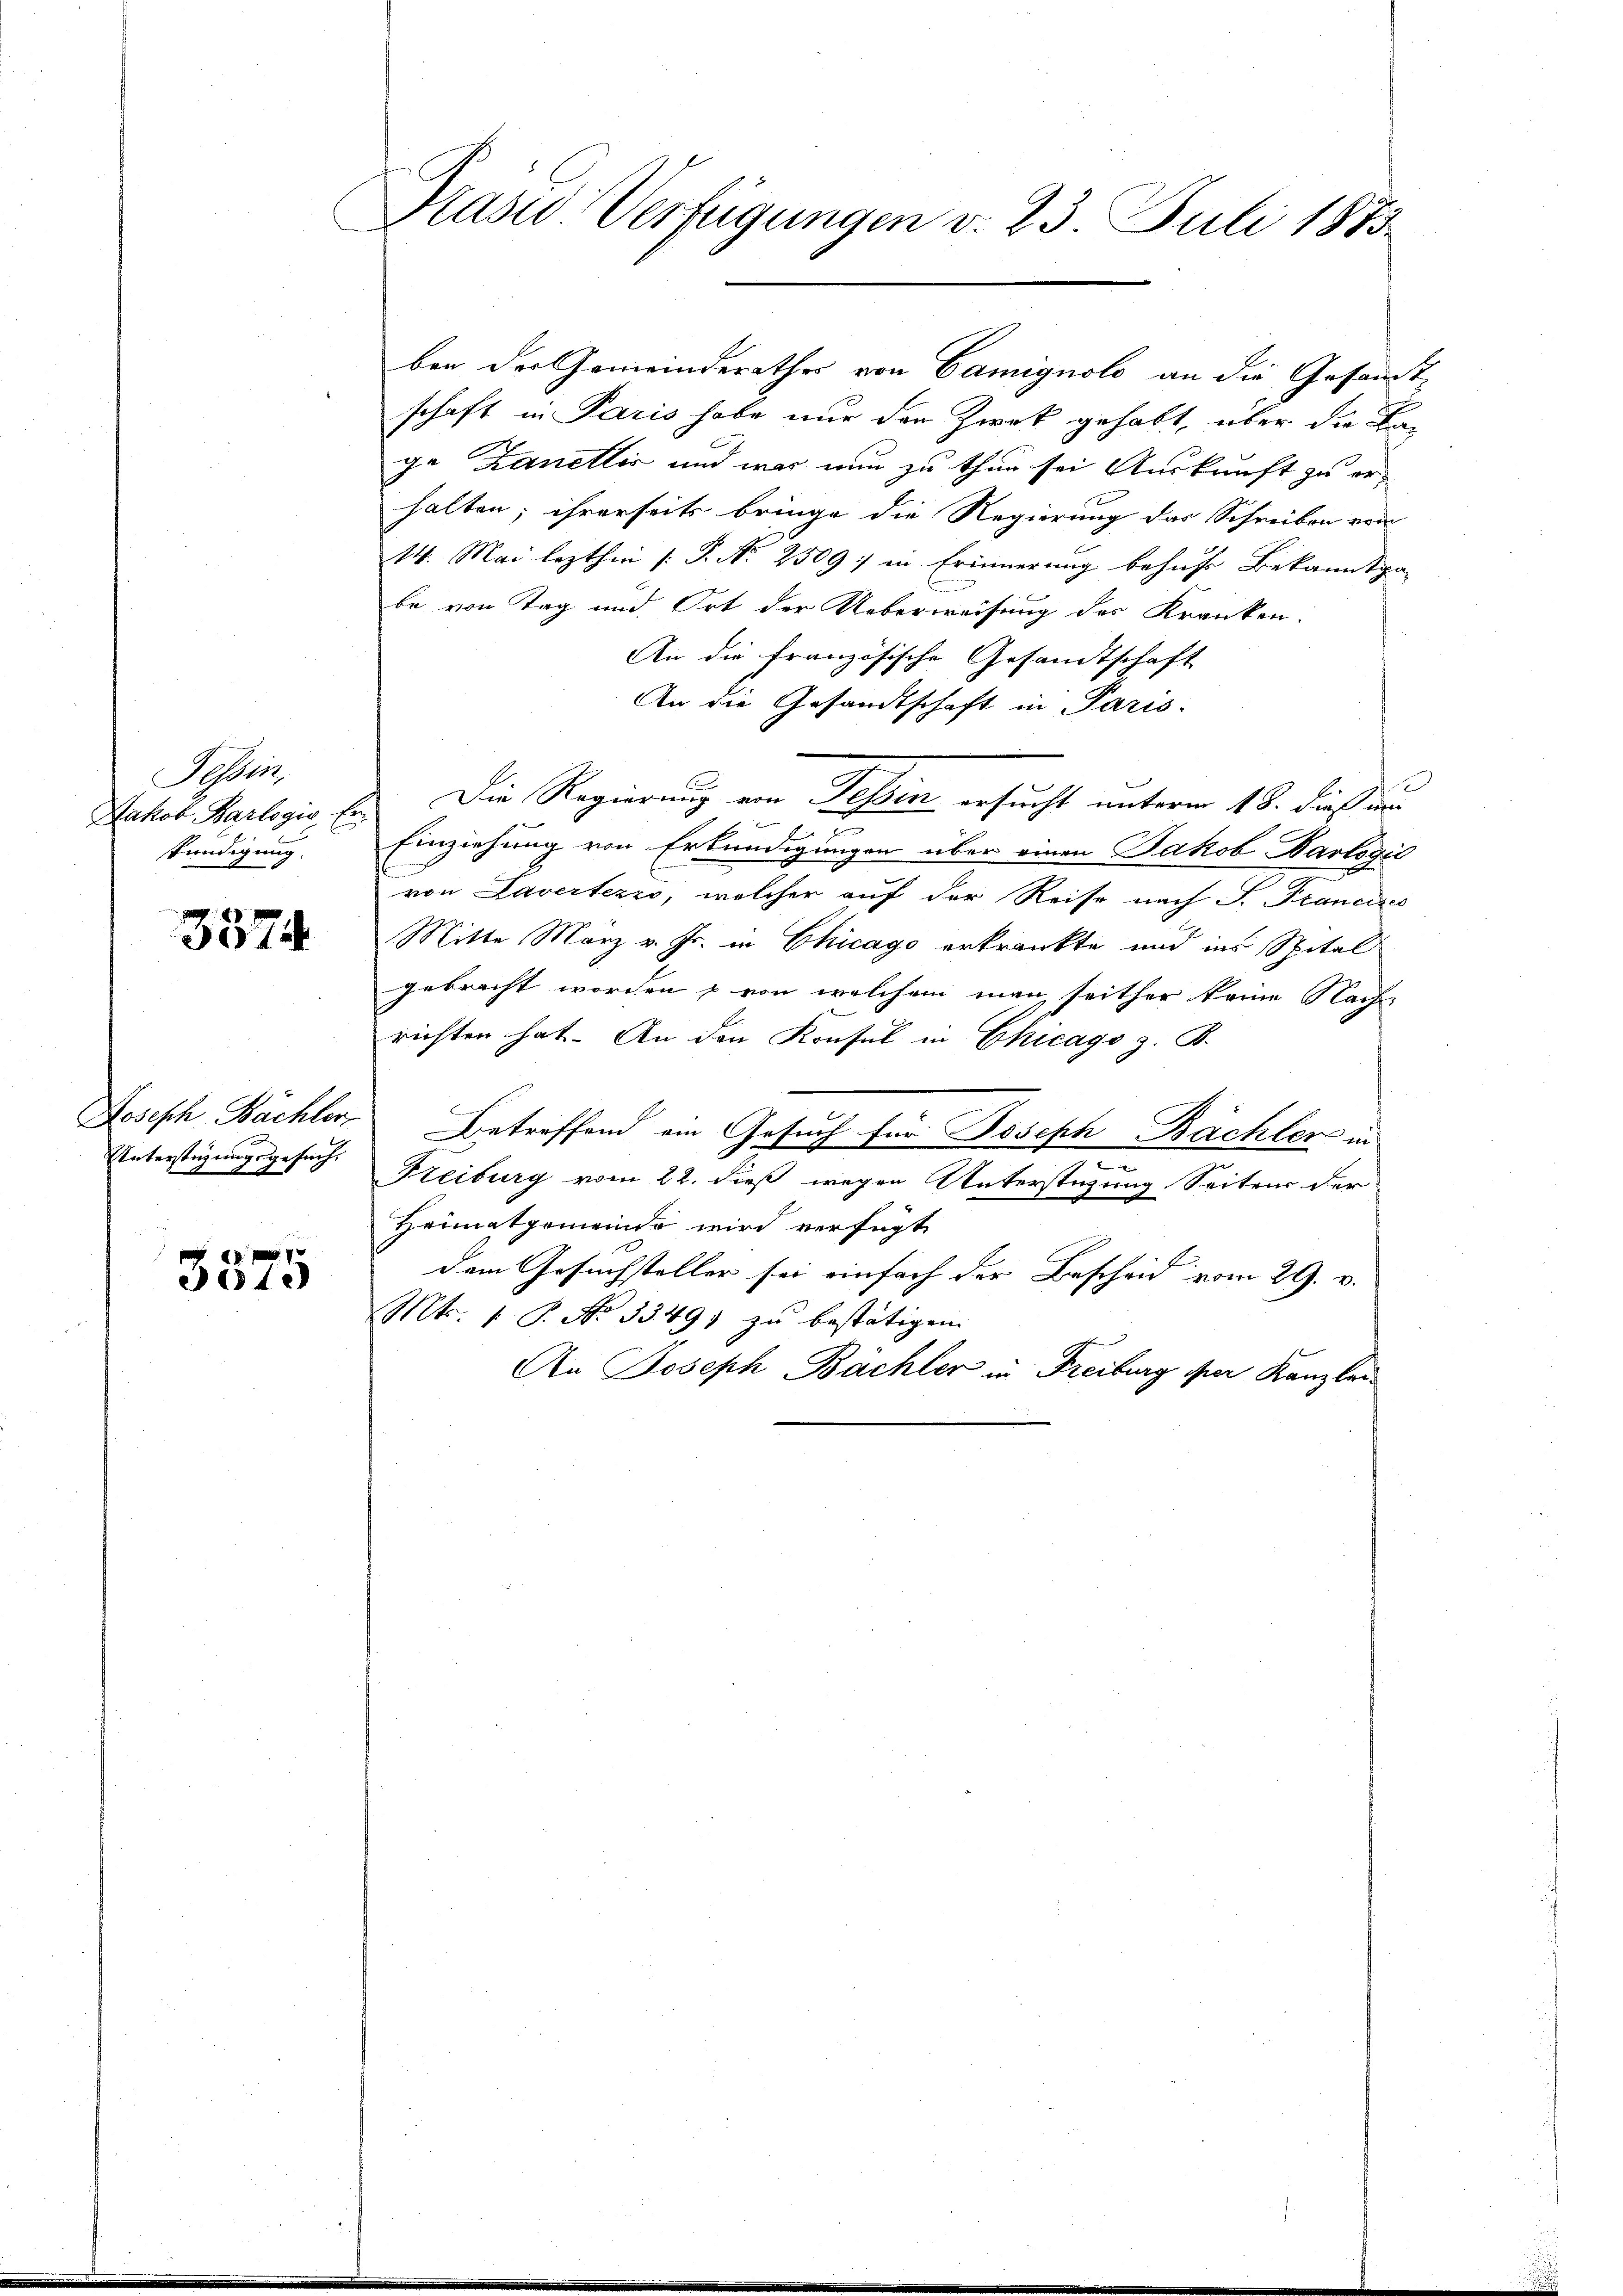
Sei
Jakob Barlogis Erkündigung.

3574

Joseph Bächler
Unterstüzungsgesuch.

7
3040

Prasis Verfügungen v. 23. Juli 1873

schaft in Paris habe nur den Zwek gehabt, über die Bage Zaneller und war nun zu thun sei Auskunft zu er-
halten; ihrerseits bringe die Regierung das Schreiben von
14. Mai lezthin (: P. N. 2509) in Erinnerung behufs Bekanntpa-
be von Tag und Ort der Ueberweisung des Kranken.
An die französische Gesandtschaft
An die Gesandtschaft in Paris.
Die Regierung von Tessin ersucht unterm 18. dieß di
x
Einziehung von Erkundigungen über einen Jakob Karlogie
von Lavertezzo, welcher auf der Reise nach S. Francizes
Mitte März v. Js. in Chicago erkränkte und ins Spital
gebracht worden & von welchem man seither keine Nach-
richten hat. An den Konsul in Chicago z. B.
Betreffend ein Gesuch für Joseph Bächler in
.
Freiburg vom 22. dieß wegen Unterstützung Seiten der
Heimatgemeinde wird verfügt
dem Gesuchsteller sei einfach der Bescheid vom 29. v.
Mts. 1 P. No 33491 zu bestätigen.
An Joseph Bächler in Freiburg per Kanzlei¬

ben der Gemeinderathes von Camignolo an die Gesandt¬